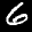
Label: 6